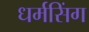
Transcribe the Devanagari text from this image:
धर्मसिंग